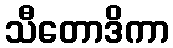
သီတောဒိကာ